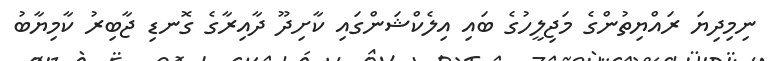
ނިމިދިޔަ ރައްޔިތުންގެ މަޖިލީހުގެ ބައި އިލެކްޝަންގައި ކާށިދޫ ދާއިރާގެ ގޮނޑި ޖާބިރު ކާމިޔާބު